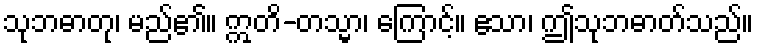
သုဘဓာတု၊ မည်၏။ ဣတိ-တသ္မာ၊ ကြောင့်။ ဧသာ၊ ဤသုဘဓာတ်သည်။